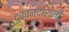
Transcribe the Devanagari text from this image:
दुकानदारांनी